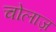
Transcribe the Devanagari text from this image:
चोलाज़